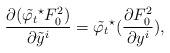
LaTeX: \begin{align*} {\frac{\partial (\tilde{\varphi_t}^{\star}F_0^2)}{\partial \tilde y^{i}}}= \tilde{\varphi_t}^\star( \frac{\partial F_0^2}{\partial y^i }),\end{align*}